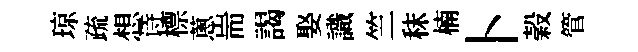
琼疏想诗標蔥耑謁娶識竺秣楠卜榖管